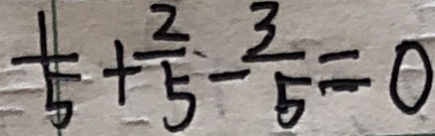
\frac { 1 } { 5 } + \frac { 2 } { 5 } - \frac { 3 } { 5 } = 0